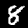
Digit: 8